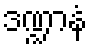
ဒဏ္ဍာနံ